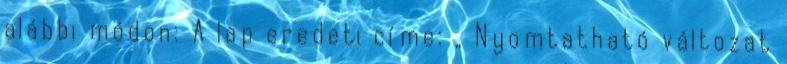
alábbi módon: A lap eredeti címe: „ Nyomtatható változat